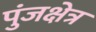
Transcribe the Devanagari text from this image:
पुंजक्षेत्र